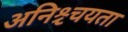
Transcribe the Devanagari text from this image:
अनिश्च्चयता